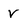
Character: V